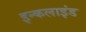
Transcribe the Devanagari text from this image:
इन्कलाइंड